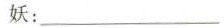
妖：___